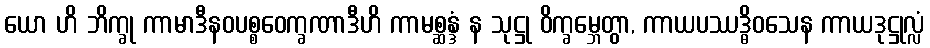
ယော ဟိ ဘိက္ခု ကာမာဒီနဝပစ္စဝေက္ခဏာဒီဟိ ကာမစ္ဆန္ဒံ န သုဋ္ဌု ဝိက္ခမ္ဘေတွာ, ကာယပဿဒ္ဓိဝသေန ကာယဒုဋ္ဌုလ္လံ